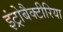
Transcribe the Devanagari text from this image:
इंट्रोबैक्टीरिया